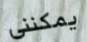
يمكنني